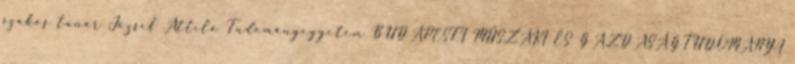
szakos tanár József Attila Tudományegyetem BUDAPESTI MŰSZAKI ÉS GAZDASÁGTUDOMÁNYI